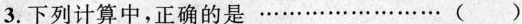
3.下列计算中，正确的是 ……( )